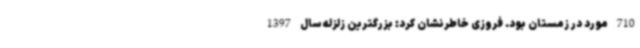
710 مورد در زمستان بود. فروزی خاطرنشان کرد: بزرگترین زلزله سال 1397